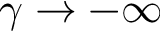
\gamma \rightarrow - \infty